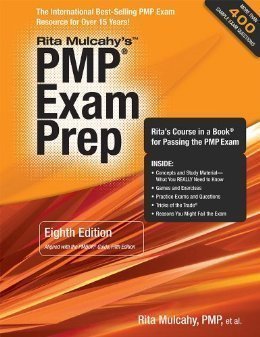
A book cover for PMP Exam Prep By Rita Mulcahy, 2013 Eighth Edition, Rita's Course in a Book for Passing the PMP Exam; Rita Mulcahy; Test Preparation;